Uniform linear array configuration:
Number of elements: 24
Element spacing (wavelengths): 0.25
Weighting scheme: binomial
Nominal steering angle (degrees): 30
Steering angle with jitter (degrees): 29.877
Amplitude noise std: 0.05
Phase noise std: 0.05

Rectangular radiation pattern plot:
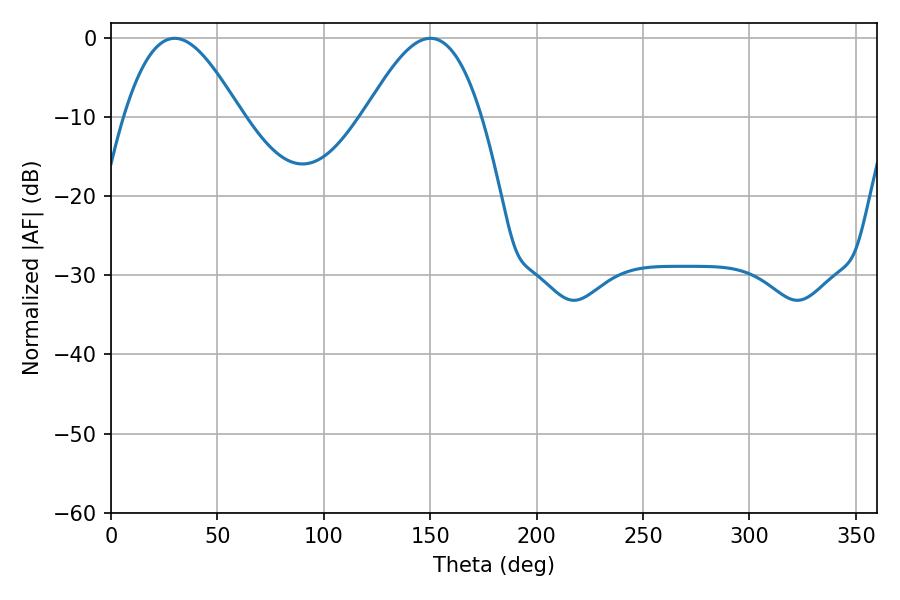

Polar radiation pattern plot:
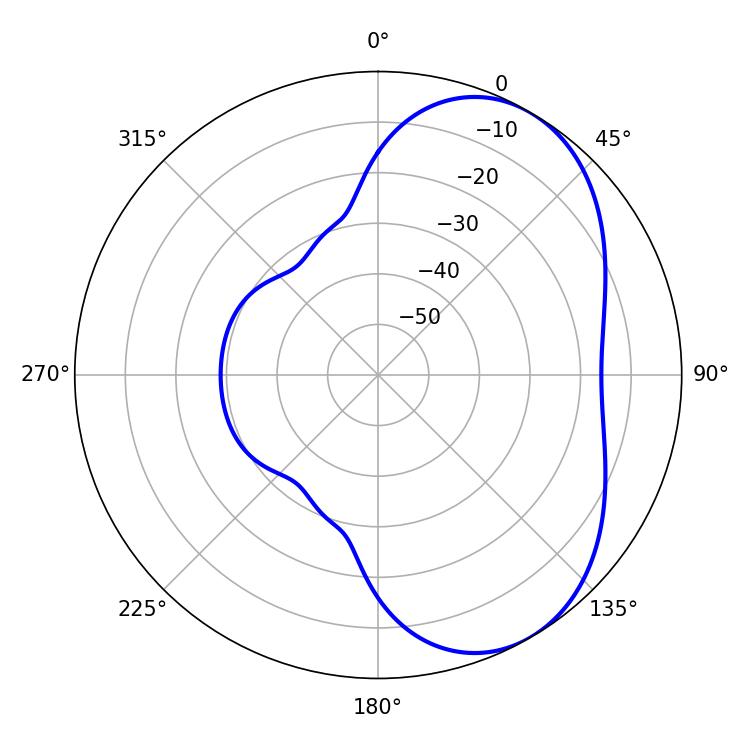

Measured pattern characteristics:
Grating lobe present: FALSE
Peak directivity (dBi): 5.154
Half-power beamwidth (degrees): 29.52
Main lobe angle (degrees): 29.88